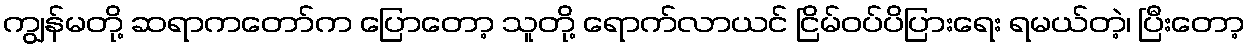
ကျွန်မတို့ ဆရာကတော်က ပြောတော့ သူတို့ ရောက်လာယင် ငြိမ်ဝပ်ပိပြားရေး ရမယ်တဲ့၊ ပြီးတော့